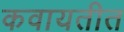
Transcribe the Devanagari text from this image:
कवायतीत